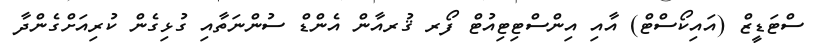
ސްޓަޑީޒް (އައިކޯސްޓް) އާއި އިންސްޓިޓިއުޓް ފޯރ ޤުރއާން އެންޑް ސުންނަތާއި ގުޅިގެން ކުރިއަށްގެންދާ